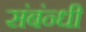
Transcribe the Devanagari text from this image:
संबंन्धी